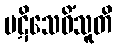
ပဋိသေဝိံသူတိ